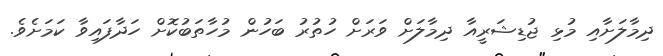
ދިމާލަށާއި މުޅި ޖުޑިޝަރީއާ ދިމާލަށް ވަރަށް ހުތުރު ބަހުން މުހާތަބުކޮށް ހަދާފައިވާ ކަމަށެވެ.